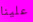
علينا